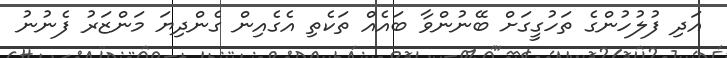
އަދި ފުލުހުންގެ ތަހުގީގަށް ބޭނުންވާ ބައެއް ތަކެތި އެގެއިން ގެންދިޔަ މަންޒަރު ފެނުނު